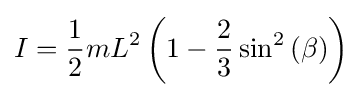
I={\frac {1}{2}}mL^{2}\left(1-{\frac {2}{3}}\sin ^{2}\left(\beta \right)\right)